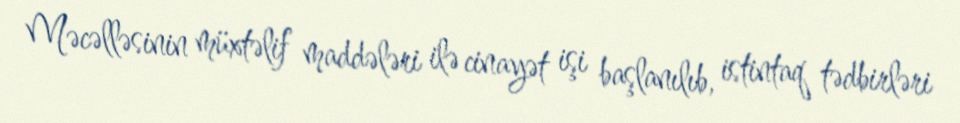
Məcəlləsinin müxtəlif maddələri ilə cinayət işi başlanılıb, istintaq tədbirləri